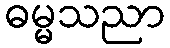
ဓမ္မသညာ